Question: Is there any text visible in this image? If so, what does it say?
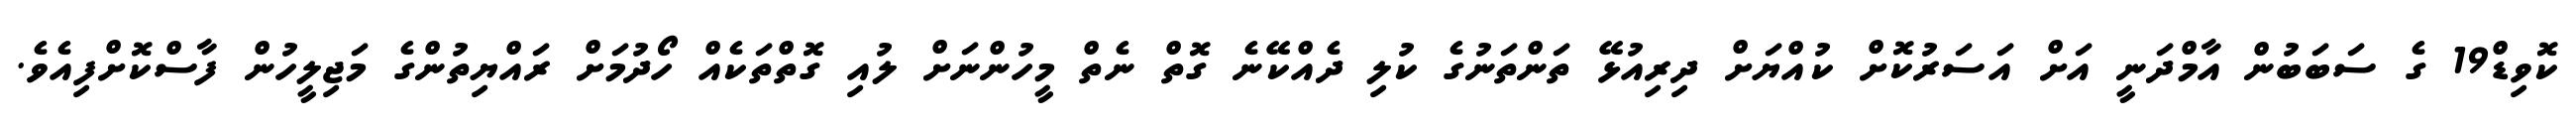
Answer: ކޮވިޑް19 ގެ ސަބަބުން އާމްދަނީ އަށް އަސަރުކޮށް ކުއްޔަށް ދިރިއުޅޭ ތަންތަނުގެ ކުލި ދެއްކޭނެ ގޮތް ނެތް މީހުންނަށް ލުއި ގޮތްތަކެއް ހޯދުމަށް ރައްޔިތުންގެ މަޖިލީހުން ފާސްކޮށްފިއެވެ.